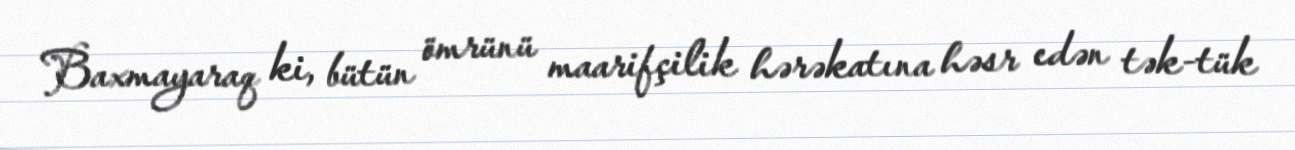
Baxmayaraq ki, bütün ömrünü maarifçilik hərəkatına həsr edən tək-tük